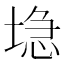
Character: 𱗔